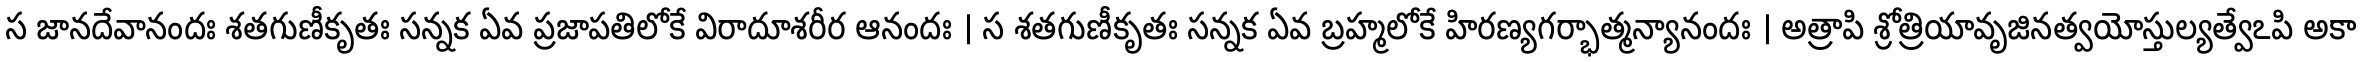
స జానదేవానందః శతగుణీకృతః సన్నక ఏవ ప్రజాపతిలోకే విరాదూశరీర ఆనందః । స శతగుణీకృతః సన్నక ఏవ బ్రహ్మలోకే హిరణ్యగర్భాత్మన్యానందః । అత్రాపి శ్రోత్రియావృజినత్వయోస్తుల్యత్వేఽపి అకా